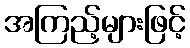
အကြည့်များဖြင့်